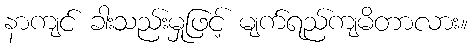
နာကျင် ခါးသည်းမှုဖြင့် မျက်ရည်ကျမိတာလား။